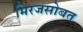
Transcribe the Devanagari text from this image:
मिरजसोबत